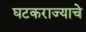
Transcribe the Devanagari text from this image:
घटकराज्याचे